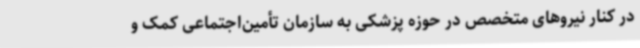
در کنار نیروهای متخصص در حوزه پزشکی به سازمان تأمین‌اجتماعی کمک و